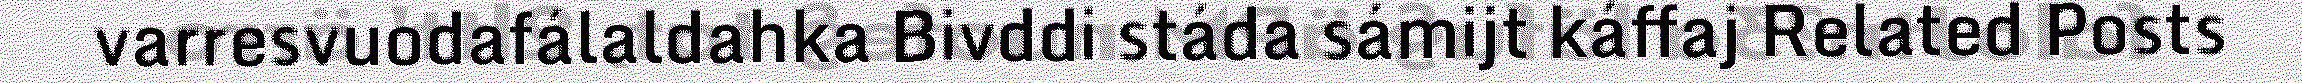
varresvuodafálaldahka Bivddi stáda sámijt káffaj Related Posts